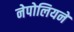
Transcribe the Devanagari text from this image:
नेपोलियने